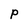
Character: P